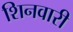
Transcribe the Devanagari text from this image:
शिनवारी